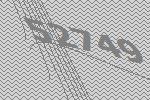
52749